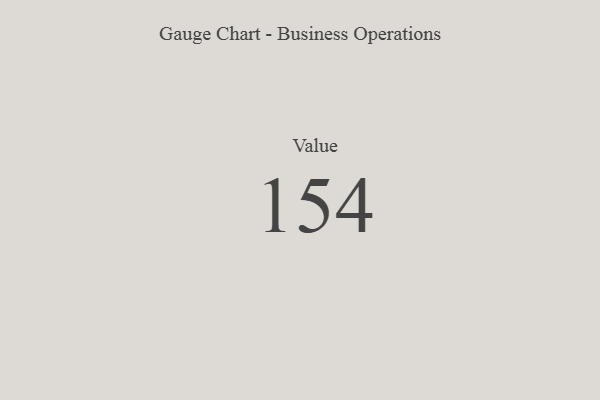
{"axis": {"x": "Metric", "y": "Value"}, "legend": [""], "data": [{"x": "Value", "y": 154, "type": ""}]}